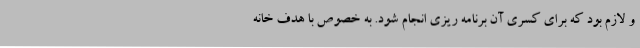
و لازم بود که برای کسری آن برنامه ریزی انجام شود. به خصوص با هدف خانه